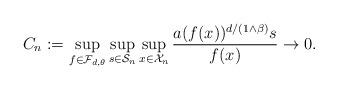
LaTeX: \begin{align*}C_n := \sup_{f \in \mathcal{F}_{d,\theta}} \sup_{s \in \mathcal{S}_n} \sup_{x \in \mathcal{X}_n} \frac{a(f(x))^{d/(1 \wedge \beta)}s}{f(x)} \rightarrow 0.\end{align*}